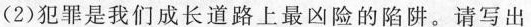
(2分)(2)犯罪是我们成长道路上最凶险的陷阱。请写出